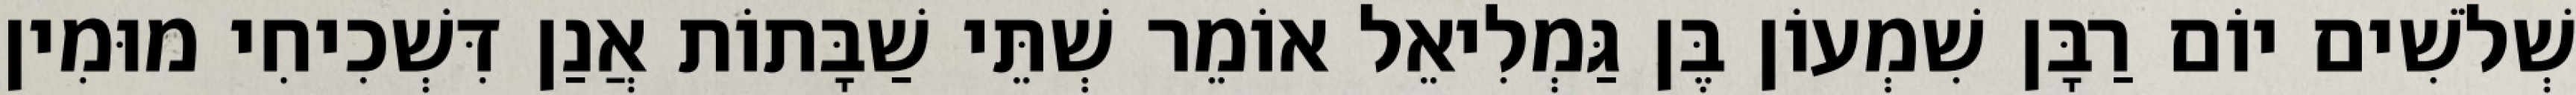
שְׁלֹשִׁים יוֹם רַבָּן שִׁמְעוֹן בֶּן גַּמְלִיאֵל אוֹמֵר שְׁתֵּי שַׁבָּתוֹת אֲנַן דִּשְׁכִיחִי מוּמִין